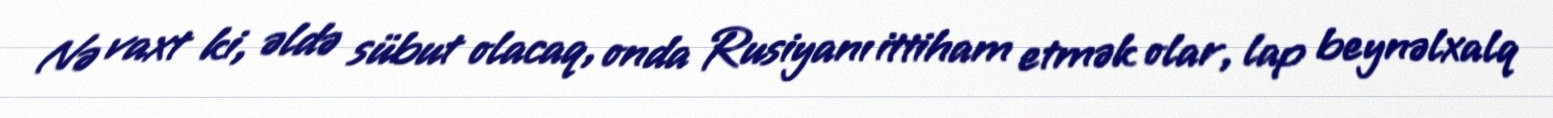
Nə vaxt ki, əldə sübut olacaq, onda Rusiyanı ittiham etmək olar, lap beynəlxalq